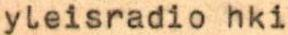
yleisradio hki